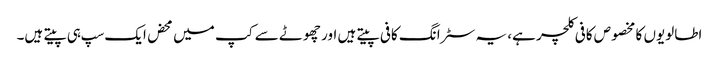
اطالویوں کا مخصوص کافی کلچر ہے، یہ سٹرانگ کافی پیتے ہیں اور چھوٹے سے کپ میں محض ایک سپ ہی پیتے ہیں۔